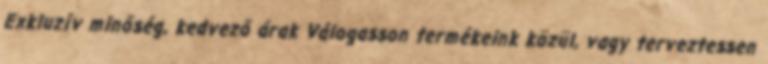
Exkluzív minőség, kedvező árak Válogasson termékeink közül, vagy terveztessen